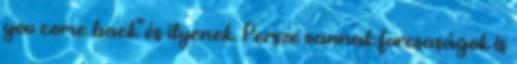
you come back" és ilyenek. Persze vannak furcsaságok is